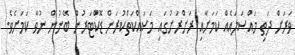
ވަރަށް ދަތި މައްސަލައެއް ކަމަށާއި ރަށްރަށުގައި މަސައްކަތްކުރަން ޑޮކްޓަރުން ބޭނުން ނުވާ ކަމަށެވެ.